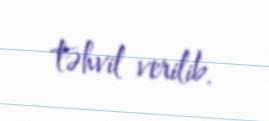
təhvil verilib.